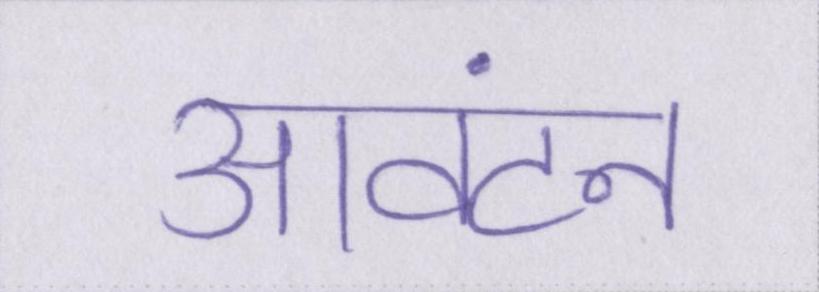
आवंटन